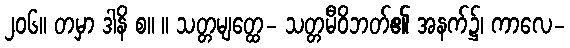
၂၀၆။ တမှာ ဒါနိ စ။ ။ သတ္တမျတ္ထေ- သတ္တမီဝိဘတ်၏ အနက်၌၊ ကာလေ-